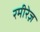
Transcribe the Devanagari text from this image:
रमीरेज़